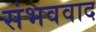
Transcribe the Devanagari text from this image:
संभववाद